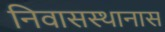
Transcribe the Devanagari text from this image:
निवासस्थानास